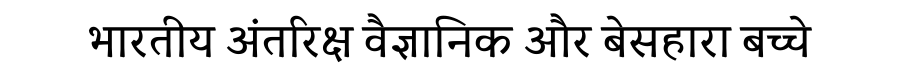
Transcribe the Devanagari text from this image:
भारतीय अंतरिक्ष वैज्ञानिक और बेसहारा बच्चे